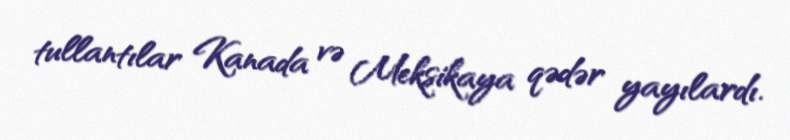
tullantılar Kanada və Meksikaya qədər yayılardı.